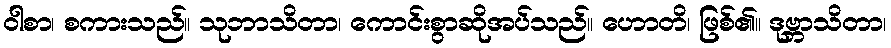
ဝါစာ၊ စကားသည်။ သုဘာသိတာ၊ ကောင်းစွာဆိုအပ်သည်။ ဟောတိ၊ ဖြစ်၏။ ဒုဗ္ဘာသိတာ၊